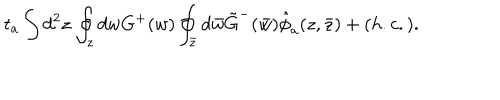
t _ { a } \int d ^ { 2 } z \, \oint _ { z } d w G ^ { + } ( w ) \oint _ { \bar { z } } d \bar { w } \tilde { G } ^ { - } ( \bar { w } ) \hat { \phi } _ { a } ( z , \bar { z } ) + ( h . c . ) .